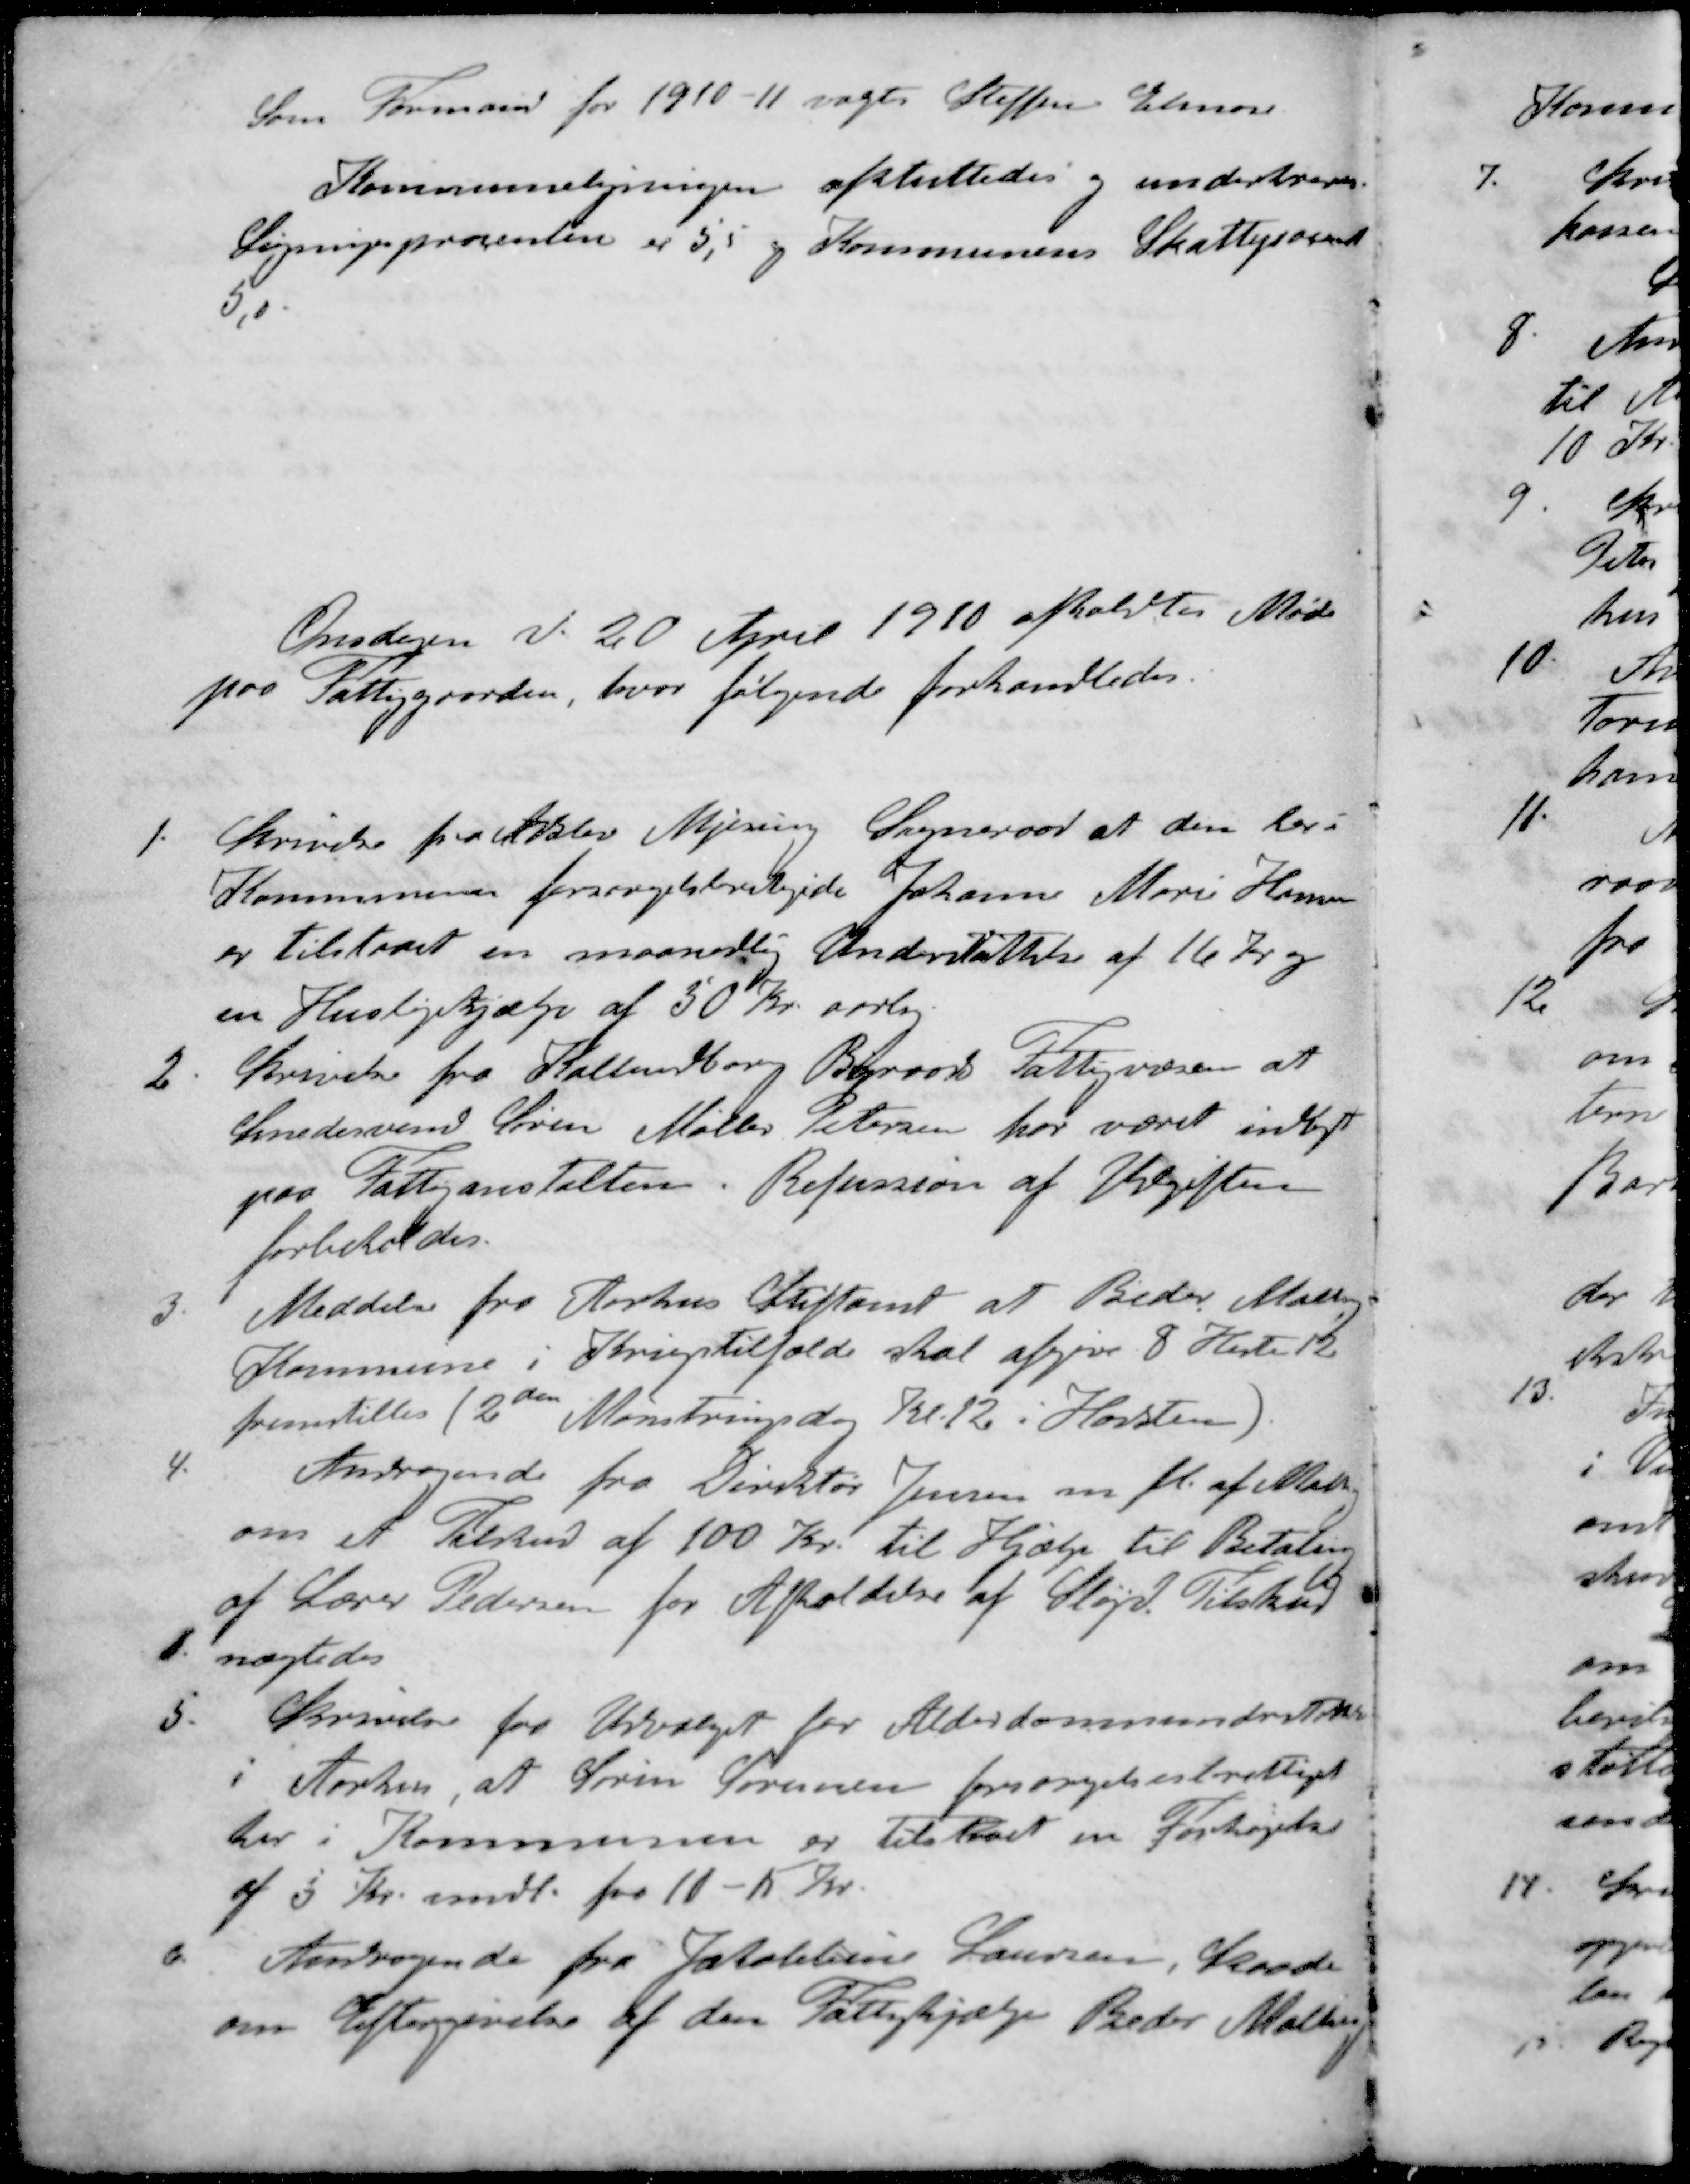
Transskription:
Som Formand for 1910-11 vagte Steffen Elmose
Kommuneligningen afsluttedes og underskreves.
Ligningsprocenten er 5,5 og Kommunens Skatteprocant
5,0
Onsdagen d. 20 April 1910 afholdtes Møde
paa Fattiggaarden, hvor følgende forhandledes.
1. Skrivelse fra Adslev Mjesing Sogneraad at den her i
Kommunens forsørgelsberetigide Johanne Marie Hansen
er tilstaaet en maanedlig Understøttelse af 16 Kr og
en Huslejehjælp af 50 Kr. aarlig
2 Skrivelse fra Kallundborg Byraads Fattigvæsen at
Smedesvend Søren Møller Petersen har været indlagt
paa Fattiganstalten. Refussion af Udgiften
forbeholdes.
3 Meddelse fra Aarhus Stiftamt at Beder Malling
Kommune i Krigstilfælde skal afgive 8 Heste 12
fremstilles (2den Mønstringsdag Kl. 12 i Hadsten).
4. Andragende fra Direktør Jensen m. fl. af Malling
om et Tilskud af 100 Kr. til Hjælp til Betaling
af Lærer Pedersen for Afholdelse af Sløjd. Tilskud
nægtedes
5. Skrivelse fra Udvalget for Alderdommenderstøttelse
i Aarhus, at Søren Sørensen forsørgelsesberettiget
her i Kommunen er tilstaaet en Forhøjelse
a 5 Kr. mdl. fra 10 - 15 Kr.
Andragende fra Jakobbine Laursen, Skaade
om Eftergivelse af den Fattighjælp Beder Mallimg